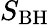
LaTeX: S_{\mathrm{BH}}